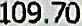
109.70